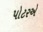
પોટરએ